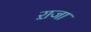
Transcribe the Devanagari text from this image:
ऱाजा